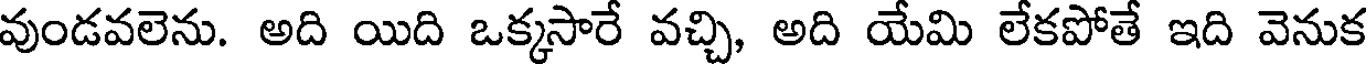
వుండవలెను. అది యిది ఒక్కసారే వచ్చి, అది యేమి లేకపోతే ఇది వెనుక